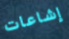
إشاعات